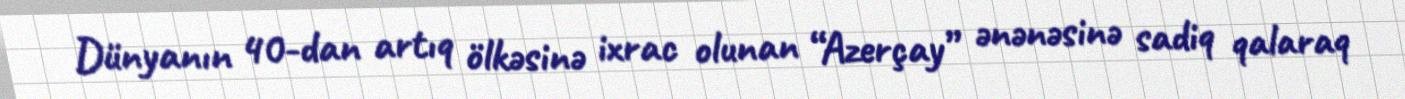
Dünyanın 40-dan artıq ölkəsinə ixrac olunan “Azerçay” ənənəsinə sadiq qalaraq